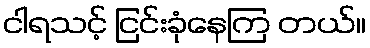
ငါရသင့် ငြင်းခုံနေကြ တယ်။